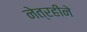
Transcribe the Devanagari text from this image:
नेत्रहीने